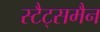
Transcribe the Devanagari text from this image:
स्टैट्समैन